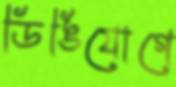
ডিঙিযোগে